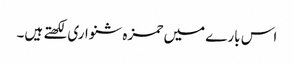
اس بارے میں حمزہ شنواری لکھتے ہیں۔